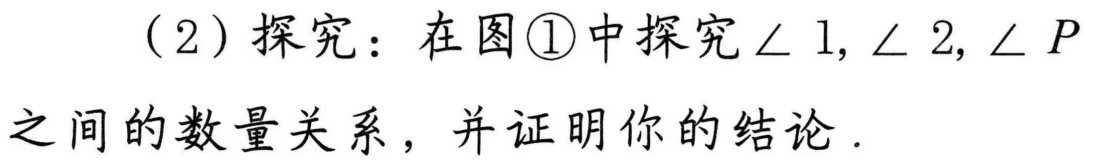
（2）探究：在图\textcircled{1}中探究\(\angle 1,\angle 2,\angle P\)之间的数量关系，并证明你的结论.